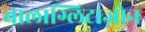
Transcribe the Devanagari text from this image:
बालाग्लिटाज़ोन